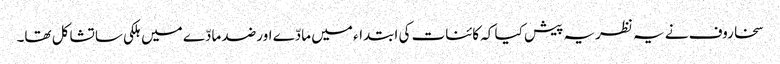
سخاروف نے یہ نظریہ پیش کیا کہ کائنات کی ابتداء میں مادّے اور ضد مادّے میں ہلکی سا تشاکل تھا۔